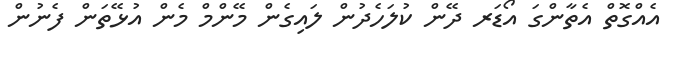
އެއްގޮތް އެތާންގަ އޯޑަރ ދޭން ކުލަހެދުން ލައިގެން މޭންމް މެން އުޅޭތަން ފެނުން